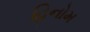
હિનોમ